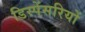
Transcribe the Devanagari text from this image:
डिस्पेंसरियों